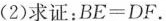
(2)求证：$$BE=DF$$。